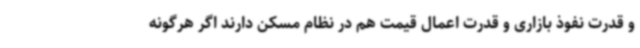
و قدرت نفوذ بازاری و قدرت اعمال قیمت هم در نظام مسکن دارند اگر هرگونه